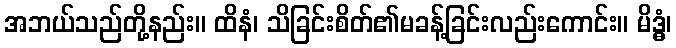
အဘယ်သည်တို့နည်း။ ထိနံ၊ သိခြင်းစိတ်၏မခန့်ခြင်းလည်းကောင်း။ မိဒ္ဓံ၊